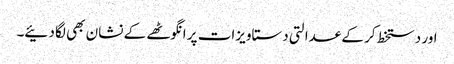
اور دستخط کر کے عدالتی دستاویزات پر انگوٹھے کے نشان بھی لگا دئیے۔